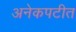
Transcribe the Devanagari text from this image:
अनेकपटीत